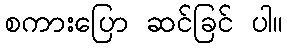
စကားပြော ဆင်ခြင် ပါ။